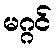
မဂ္ဂင်